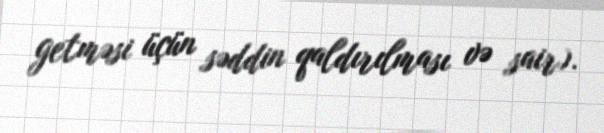
getməsi üçün səddin qaldırılması və sair).